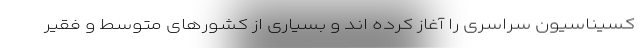
کسیناسیون سراسری را آغاز کرده اند و بسیاری از کشورهای متوسط و فقیر